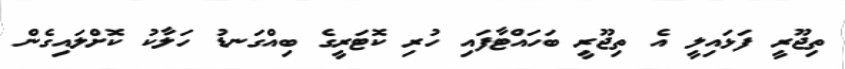
ތިޖޫރީ ފަޅައިލީ އެ ތިޖޫރީ ބަހައްޓާފައި ހުރި ކޮޓަރީގެ ބިއްގަނޑު ހަލާކު ކޮށްލައިގެން